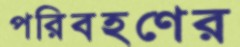
পরিবহণের